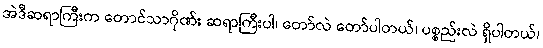
အဲဒီဆရာကြီးက တောင်သာဂိုဏ်း ဆရာကြီးပါ၊ တော်လဲ တော်ပါတယ်၊ ပစ္စည်းလဲ ရှိပါတယ်၊